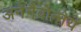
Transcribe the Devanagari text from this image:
अनेनैवोन्नेयं